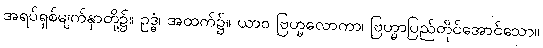
အရပ်ရှစ်မျက်နှာတို့၌။ ဥဒ္ဓံ၊ အထက်၌။ ယာဝ ဗြဟ္မလောကာ၊ ဗြဟ္မာပြည်တိုင်အောင်သော။